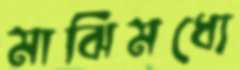
মাঝিমধ্যে